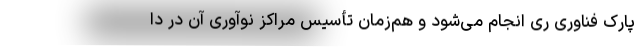
پارک فناوری ری انجام می‌شود و هم‌زمان تأسیس مراکز نوآوری آن در دا